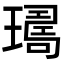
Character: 𤩈